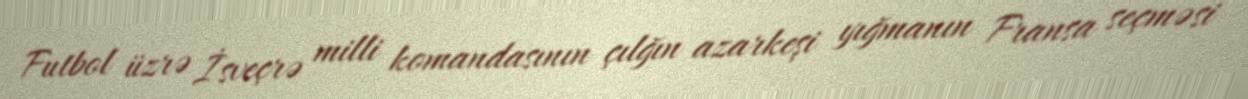
Futbol üzrə İsveçrə milli komandasının çılğın azarkeşi yığmanın Fransa seçməsi